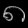
Digit: ၈